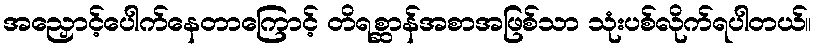
အညှောင့်ပေါက်နေတာကြောင့် တိရစ္ဆာန်အစာအဖြစ်သာ သုံးပစ်လိုက်ရပါတယ်။